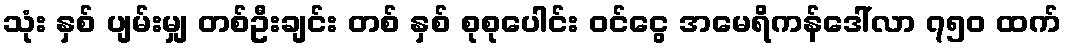
သုံး နှစ် ပျမ်းမျှ တစ်ဦးချင်း တစ် နှစ် စုစုပေါင်း ဝင်ငွေ အမေရိကန်ဒေါ်လာ ၇၅၀ ထက်